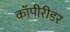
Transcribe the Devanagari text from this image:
कॉपीरीडर